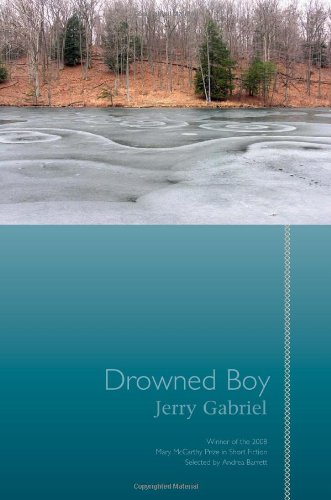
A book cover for Drowned Boy: Stories (Mary McCarthy Prize in Short Fiction); Jerry Gabriel; Literature & Fiction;